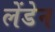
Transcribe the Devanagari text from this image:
लेंडेन